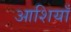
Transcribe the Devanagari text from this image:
आशियाँ